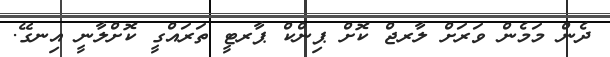
ދެން މަމެން ވަރަށް ލާރޖް ކޮށް ޕިންކް ޕާރޓީ ތަރައްގީ ކޮށްލާނީ އިނގޭ.